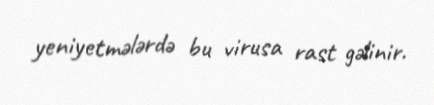
yeniyetmələrdə bu virusa rast gəlinir.